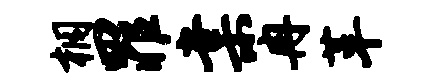
桐罪棠冉革